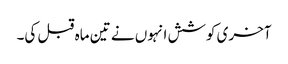
آخری کوشش انہوں نے تین ماہ قبل کی۔